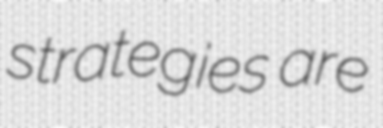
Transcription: strategies are